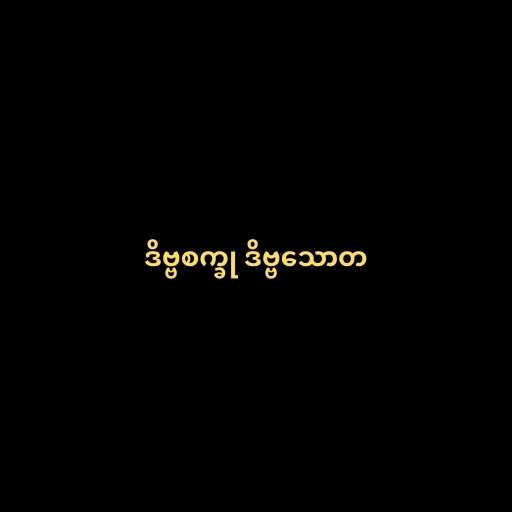
ဒိဗ္ဗစက္ခု ဒိဗ္ဗသောတ